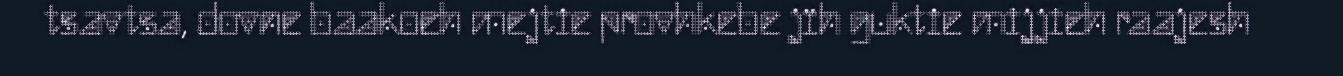
tsavtsa, dovne baakoeh mejtie provhkebe jïh guktie mijjieh raajesh